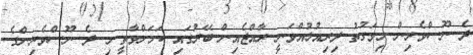
ދެ ނޫސްވެރިން މިވަގުތު ދިރިއުޅުއްވަނީ ރާއްޖެއިން ބޭރުގައި ކަމަށްވާތީ މި ދެ ނޫސްވެރިންގެ